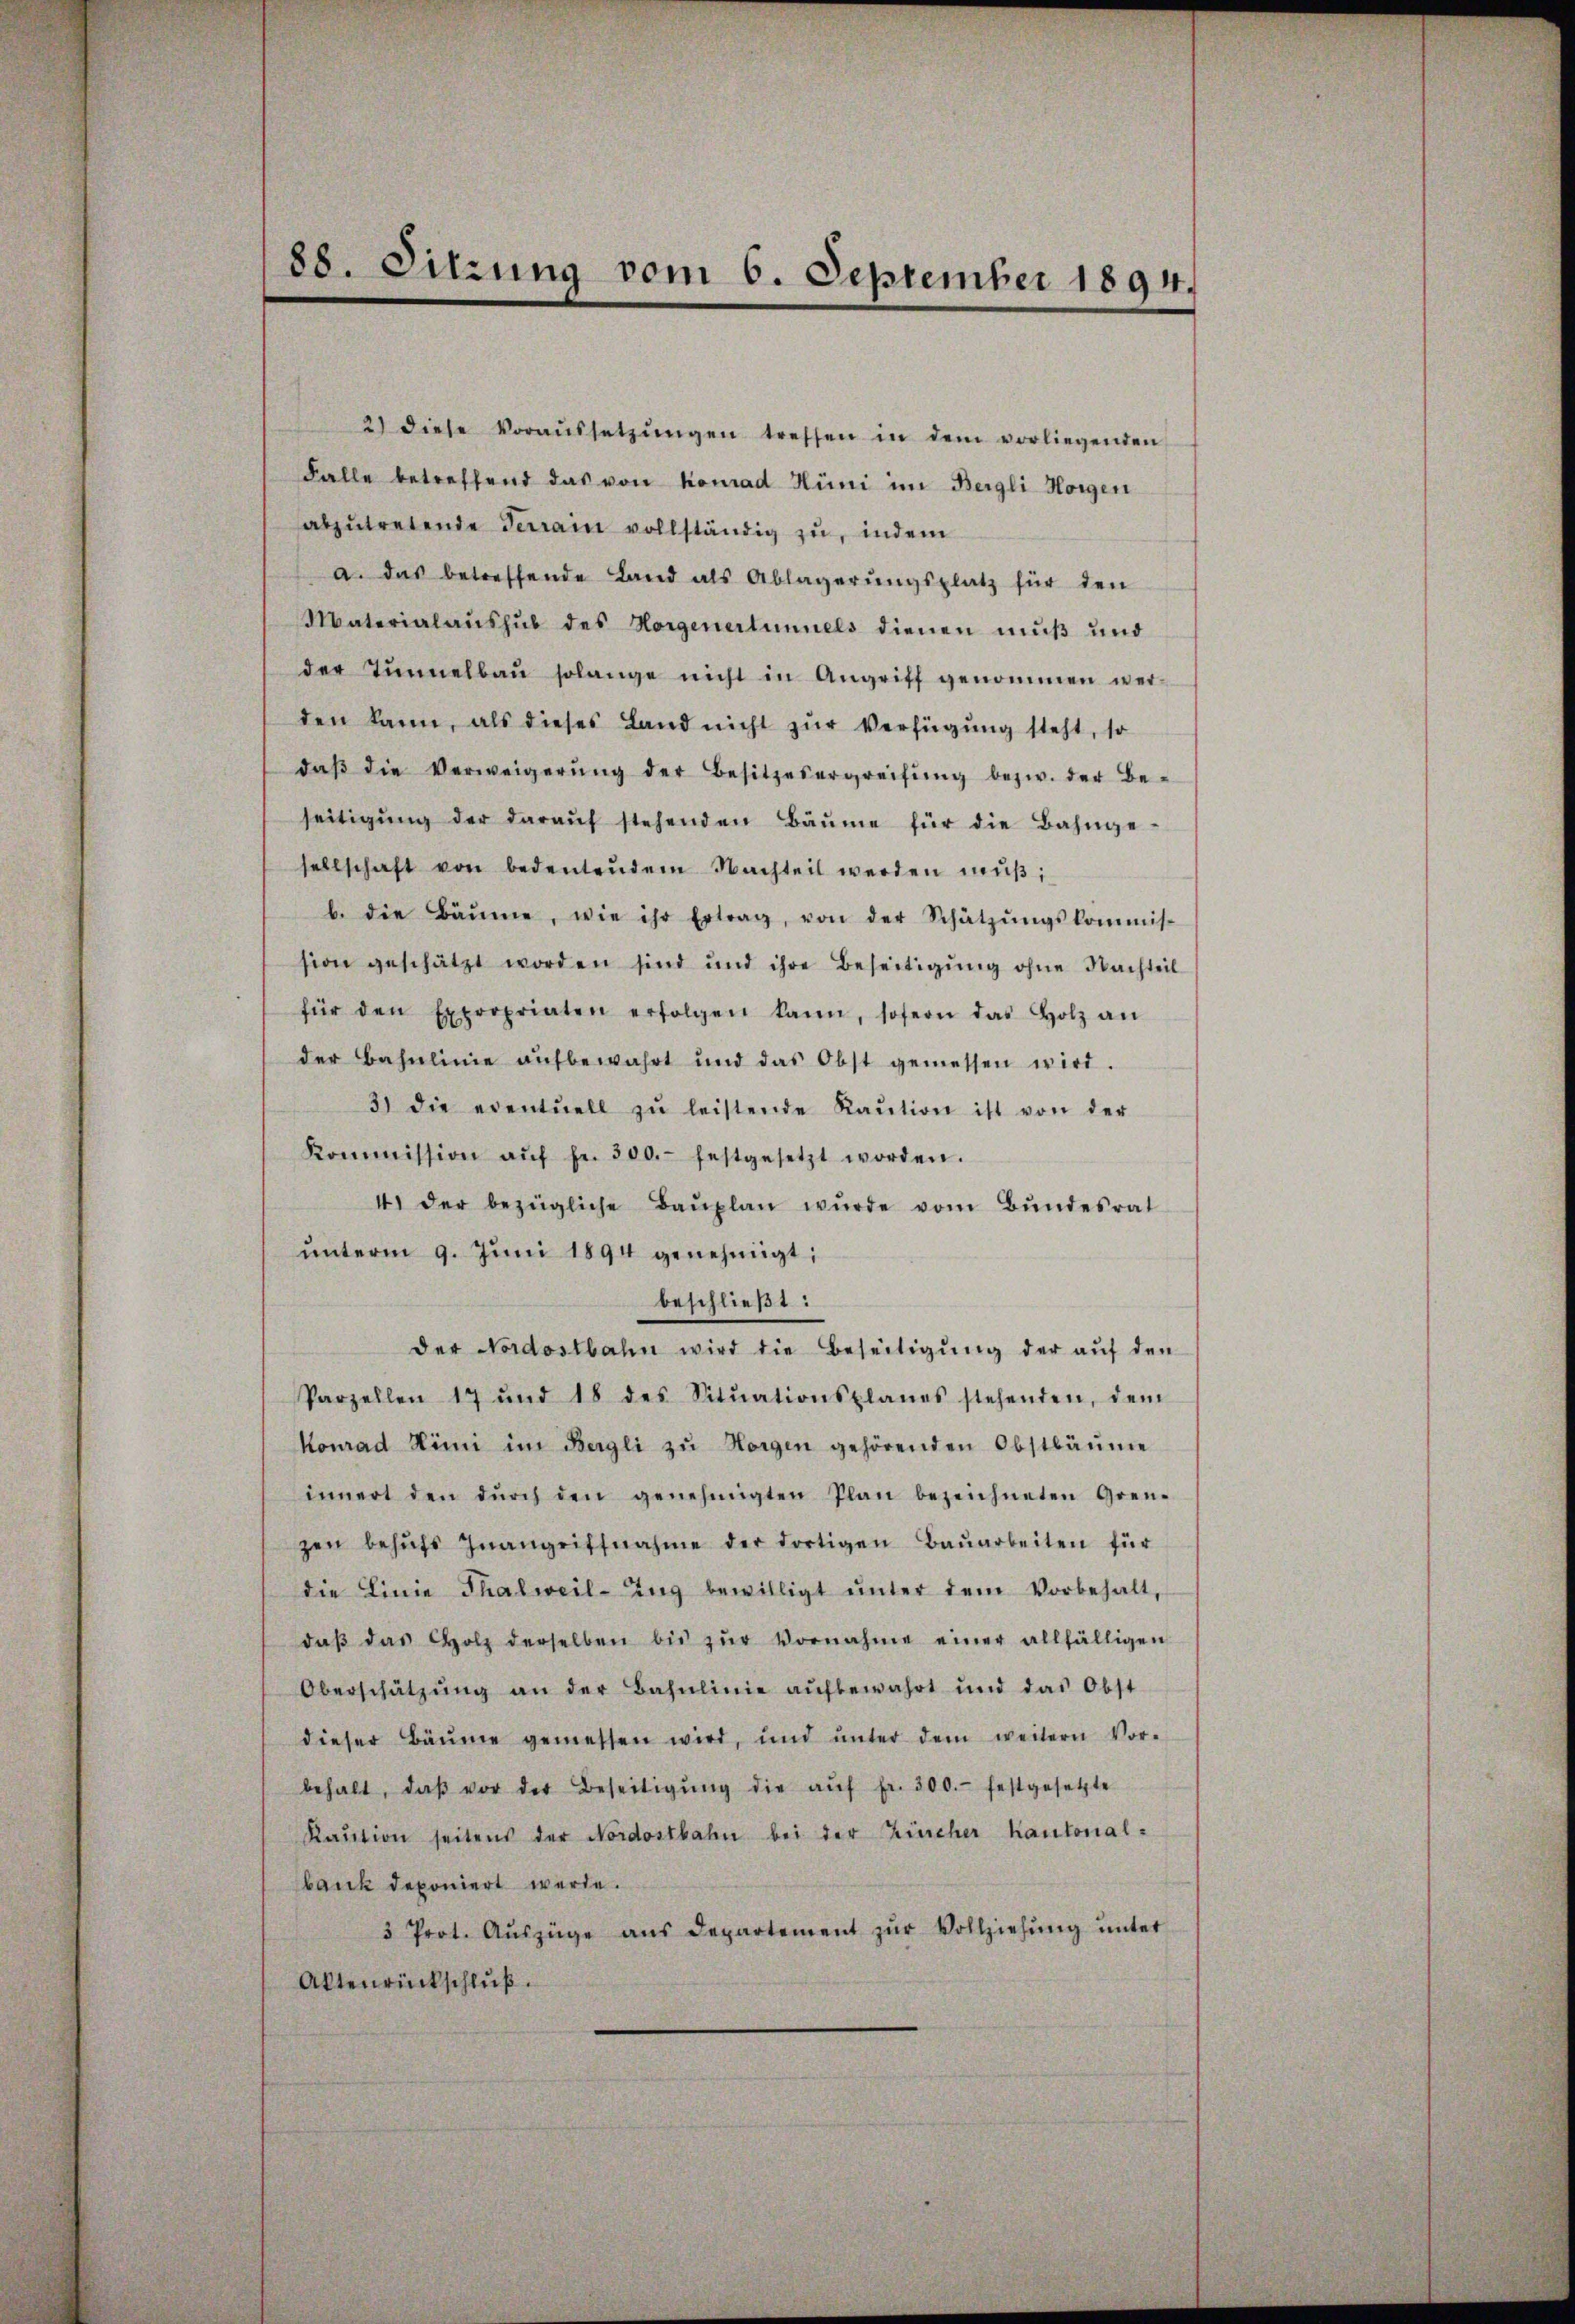
88. Sitzung vom 6. September 1894.

2) diese Voraŭssetzŭngen treffen in dem vorliegenden
Falle betreffend das von Konrad Hüni im Bergli Horgen
abzŭtretende Terrain vollständig zu, indem
a. das betreffende Land als Ablagerŭngsplatz für den
Materialaushub des Horgenertunnels dienen muß und
der Tunnelbau solange nicht in Angriff genommen wer-
den kann, als dieses Land nicht zur Verfügung steht, so
daβ die Verweigerŭng der Besitzesergreifŭng bezw. der Be-
seitigŭng der daraŭf stehenden Bäume für die Bahnge-
sellschaft von bedeŭtendem Nachteil werden mŭβ,
b. die Bäume, wie ihr Ertrag, von der Schätzŭngskommis-
sion geschätzt worden sind und ihre Beseitigŭng ohne Nachteil
für den Expropriaten erfolgen kann, sofern das Holz an
der Bahnlinie aŭfbewahrt und das Obst gemessen wird.
3) die eventuell zŭ leistende Kaŭtion ist von der
Kommission aŭf fr. 300.- festgesetzt worden.
4. der bezügliche Baŭplan wŭrde vom Bŭndesrat
unterm 9. Juni 1894 genehmigt;
beschließt:
der Nordostbahn wird die Beseitigŭng der aŭf den
Parzellen 17 und 18 des Sitŭationsplanes stehenden, dem
Konrad Hini im Bergli zŭ Horgen gehörenden Obstbäume
innert den dŭrch den genehmigten Plan bezeichneten Gren-
zen behŭfs Inangriffnahme der dortigen Baŭarbeiten für
die Linie Thalweil-Zŭg bewilligt ŭnter dem Vorbehalt,
daβ das Holz derselben bis zŭr Vornahme einer allfälligen
Oberschätzŭng an der Bahnlinie aŭfbewahrt und das Obst
dieser Bäume gemessen wird, und ŭnter dem weitern Vor-
behalt, daβ vor der Beseitigŭng die aŭf fr. 300. festgesetzte
Kaŭtion seitens der Nordostbahn bei der Kircher Kantonal-
bank deponiert werde.
3 Prot. Aŭszüge ans Departement zŭr Vollziehŭng ŭnter
Aktenrückschluß.